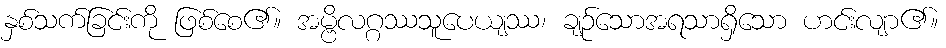
နှစ်သက်ခြင်းကို ဖြစ်စေ၏။ အမ္ဗိလဂ္ဂဿသူပေယျဿ၊ ချဉ်သောအရသာရှိသော ဟင်းလျာ၏။